Annual statistical returns and brief notes on vaccination in Bengal - 1887-1898
Year: 1887
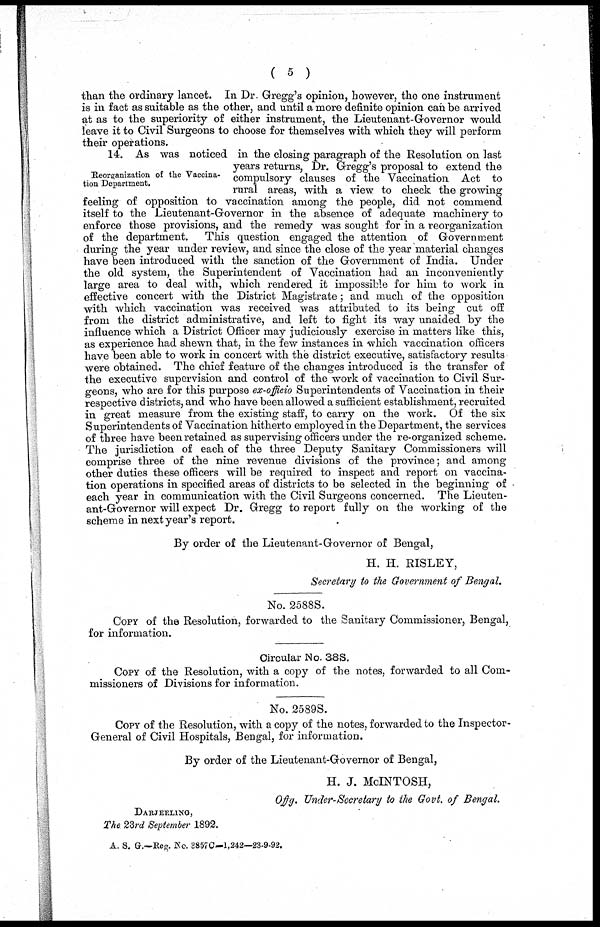
( 5 )
than the ordinary lancet. In Dr. Gregg's opinion, however, the one instrument
is in fact as suitable as the other, and until a more definite opinion can be arrived
at as to the superiority of either instrument, the Lieutenant-Governor would
leave it to Civil Surgeons to choose for themselves with which they will perform
their operations.
Reorganization of the Vaccina-
tion Department.
14. As was noticed in the closing paragraph of the Resolution on last
years returns, Dr. Gregg's proposal to extend the
compulsory clauses of the Vaccination Act to
rural areas, with a view to check the growing
feeling of opposition to vaccination among the people, did not commend
itself to the Lieutenant-Governor in the absence of adequate machinery to
enforce those provisions, and the remedy was sought for in a reorganization
of the department. This question engaged the attention of Government
during the year under review, and since the close of the year material changes
have been introduced with the sanction of the Government of India. Under
the old system, the Superintendent of Vaccination had an inconveniently
large area to deal with, which rendered it impossible for him to work in
effective concert with the District Magistrate; and much of the opposition
with which vaccination was received was attributed to its being cut off
from the district administrative, and left to fight its way unaided by the
influence which a District Officer may judiciously exercise in matters like this,
as experience had shewn that, in the few instances in which vaccination officers
have been able to work in concert with the district executive, satisfactory results
were obtained. The chief feature of the changes introduced is the transfer of
the executive supervision and control of the work of vaccination to Civil Sur-
geons, who are for this purpose ex-officio Superintendents of Vaccination in their
respective districts, and who have been allowed a sufficient establishment, recruited
in great measure from the existing staff, to carry on the work. Of the six
Superintendents of Vaccination hitherto employed in the Department, the services
of three have been retained as supervising officers under the re-organized scheme.
The jurisdiction of each of the three Deputy Sanitary Commissioners will
comprise three of the nine revenue divisions of the province; and among
other duties these officers will be required to inspect and report on vaccina-
tion operations in specified areas of districts to be selected in the beginning of
each year in communication with the Civil Surgeons concerned. The Lieuten-
ant-Governor will expect Dr. Gregg to report fully on the working of the
scheme in next year's report.
By order of the Lieutenant-Governor of Bengal,
H. H. RISLEY,
Secretary to the Government of Bengal.
No. 2588S.
COPY of the Resolution, forwarded to the Sanitary Commissioner, Bengal,
for information.
Circular No. 38S.
Copy of the Resolution, with a copy of the notes, forwarded to all Com-
missioners of Divisions for information.
No. 2589S.
Copy of the Resolution, with a copy of the notes, forwarded to the Inspector-
General of Civil Hospitals, Bengal, for information.
By order of the Lieutenant-Governor of Bengal,
H. J. McINTOSH,
Qffg. Under-Secretary to the Govt. of Bengal.
DARJEELING,
The 23rd September 1892.
A. S. G.—Reg. No. 3857C—1,242—23-9-92.